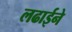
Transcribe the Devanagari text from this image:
लढाईने